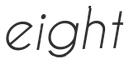
eight